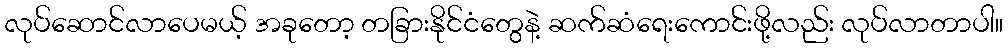
လုပ်ဆောင်လာပေမယ့် အခုတော့ တခြားနိုင်ငံတွေနဲ့ ဆက်ဆံရေးကောင်းဖို့လည်း လုပ်လာတာပါ။